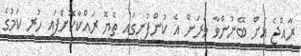
ރާއްޖެ އަށް ބޭނުންވާ ވަރަށް އެ ކުންފުނީގައި ތެޔޮ ރައްކާކޮށްފައި ހުރި ކަމުގެ